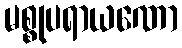
မစ္စုပရာယဏော